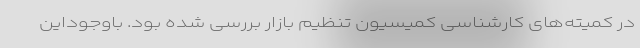
در کمیته‌های کارشناسی کمیسیون تنظیم بازار بررسی شده بود. با‌وجود‌این